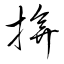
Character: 揜